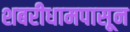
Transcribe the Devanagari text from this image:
शबरीधामपासून